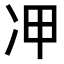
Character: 𠖹